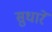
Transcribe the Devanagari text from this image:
सुधारें